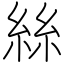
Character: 絲